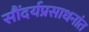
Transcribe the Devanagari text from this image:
सौंदर्यप्रसाधनांत